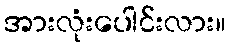
အားလုံးပေါင်းလား။